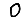
Digit: 0